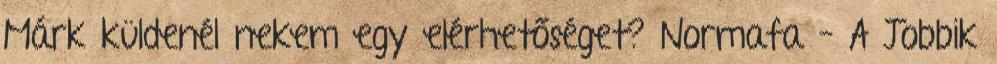
Márk küldenél nekem egy elérhetőséget? Normafa – A Jobbik